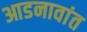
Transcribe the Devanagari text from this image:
आडनावांत